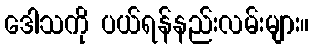
ဒေါသကို ပယ်ရန်နည်းလမ်းများ။